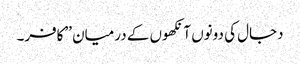
دجال کی دونوں آنکھوں کے درمیان ’’کافر۔